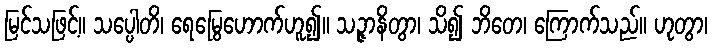
မြင်သဖြင့်။ သပ္ပေါတိ၊ ရေမြွေဟောက်ဟူ၍။ သဉ္ဇာနိတွာ၊ သိ၍ ဘိတေ၊ ကြောက်သည်။ ဟုတွာ၊